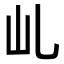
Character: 乢